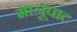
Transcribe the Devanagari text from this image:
मानूघाट